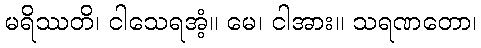
မရိဿတိ၊ ငါသေရအံ့။ မေ၊ ငါအား။ သရဏတော၊